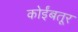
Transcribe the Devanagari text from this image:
कोर्इंबतूर